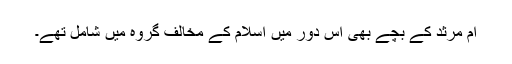
ام مرثد کے بچے بھی اس دور میں اسلام کے مخالف گروہ میں شامل تھے۔